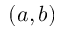
( a , b )